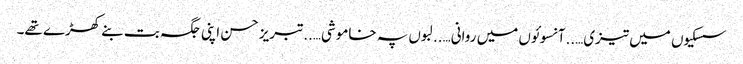
سسکیوں میں تیزی…..آنسوئوں میں روانی…..لبوں پہ خاموشی…..تبریز حسن اپنی جگہ بت بنے کھڑے تھے۔